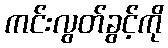
ကင်းလွတ်ခွင့်ကို